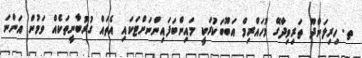
ތ. ހިރިލަންދޫ ތަރިވިދާގޭ މުހައްރިމް އަބޫބަކުރަކީ މައިންބަފައިންނަށްޓަކައި އެތައް ގުރުބާނީތަކެއް ވަމުން އަންނަ